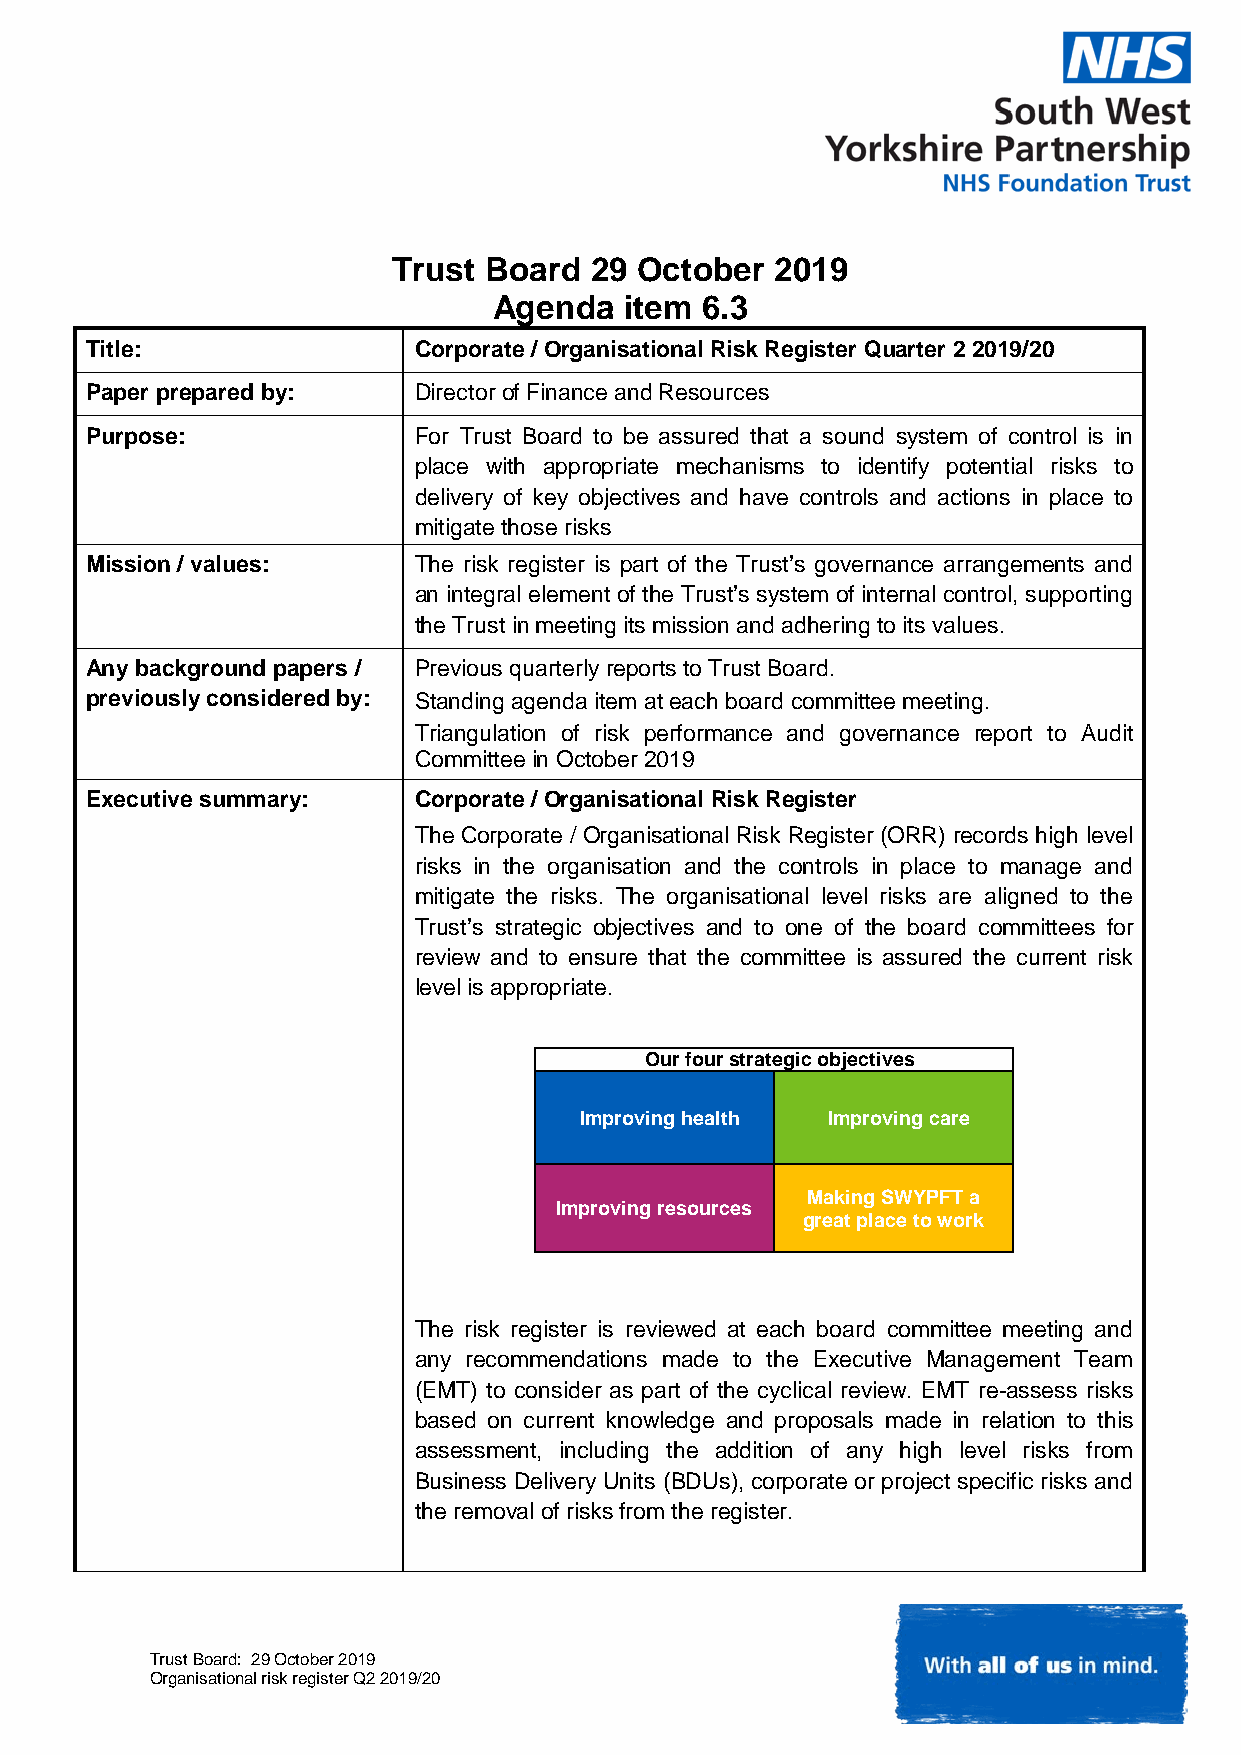
Trust Board  29 October  2019
 Agenda  item 6.3
 Title:               Corporate / Organisational Risk Register Quarter 2 2019/20
 Paper prepared by:   Director of Finance and Resources
 Purpose:             For Trust Board to be assured that a sound system of control is in
 place with appropriate mechanisms to identify potential risks to
 delivery of key objectives and have controls and actions in place to
 mitigate those risks
 Mission / values:    The risk register is part of the Trust’s governance arrangements and
 an integral element of the Trust’s system of internal control, supporting
 the Trust in meeting its mission and adhering to its values.
 Any background papers / Previous quarterly reports to Trust Board.
 previously considered by: Standing agenda item at each board committee meeting.
 Triangulation of risk performance and governance report to Audit
 Committee in October 2019
 Executive summary:   Corporate / Organisational Risk Register
 The Corporate / Organisational Risk Register (ORR) records high level
 risks in the organisation and the controls in place to manage and
 mitigate the risks. The organisational level risks are aligned to the
 Trust’s strategic objectives and to one of the board committees for
 review and to ensure that the committee is assured the current risk
 level is appropriate.
 Our four strategic objectives
 Improving health Improving care
 Making SWYPFT a
 Improving resources
 great place to work
 The risk register is reviewed at each board committee meeting and
 any recommendations made to the Executive Management Team
 (EMT) to consider as part of the cyclical review. EMT re-assess risks
 based on current knowledge and proposals made in relation to this
 assessment, including the addition of any high level risks from
 Business Delivery Units (BDUs), corporate or project specific risks and
 the removal of risks from the register.
 Trust Board: 29 October 2019
 Organisational risk register Q2 2019/20